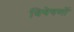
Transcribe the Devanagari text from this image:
विषेषणों